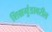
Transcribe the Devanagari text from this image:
शिश्नमुंडावरील